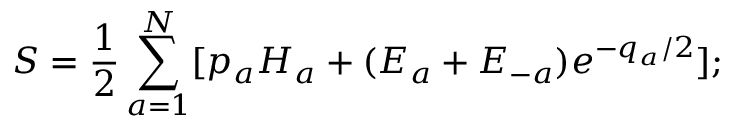
S = { \frac { 1 } { 2 } } \sum _ { a = 1 } ^ { N } [ p _ { a } H _ { a } + ( E _ { a } + E _ { - a } ) { e ^ { - q _ { a } / 2 } } ] ;